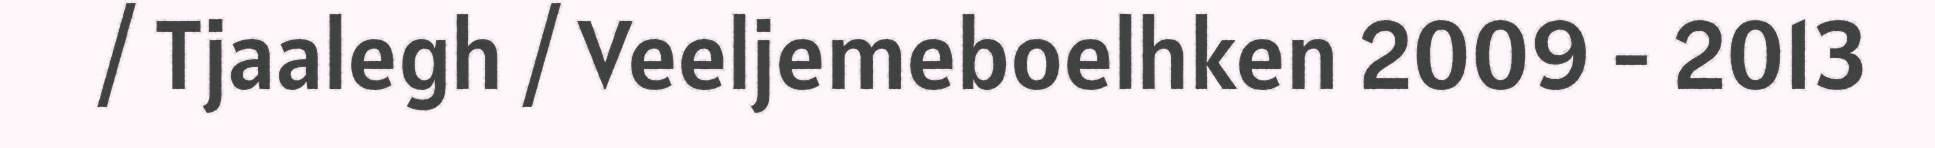
/ Tjaalegh / Veeljemeboelhken 2009 - 2013